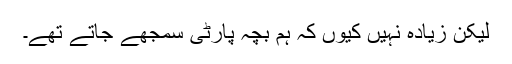
لیکن زیادہ نہیں کیوں کہ ہم بچہ پارٹی سمجھے جاتے تھے۔